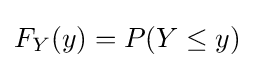
F_{Y}(y)=P(Y\leq y)